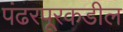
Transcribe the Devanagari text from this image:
पंढरपूरकडील